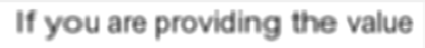
If you are providing the value